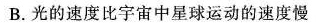
B.光的速度比宇宙中星球运动的速度慢